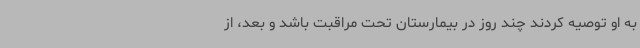
به او توصیه کردند چند روز در بیمارستان تحت مراقبت باشد و بعد، از